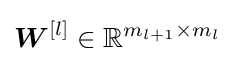
{\boldsymbol {W}}^{[l]}\in \mathbb {R} ^{m_{l+1}\times m_{l}}